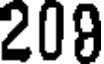
208